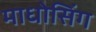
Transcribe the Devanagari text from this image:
माधोसिंग